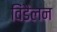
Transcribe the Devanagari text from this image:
विंडैलन